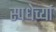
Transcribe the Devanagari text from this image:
स्पधेर्च्या